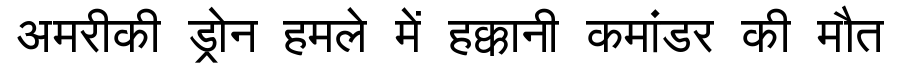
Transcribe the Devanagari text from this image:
अमरीकी ड्रोन हमले में हक्कानी कमांडर की मौत